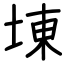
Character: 埬